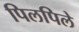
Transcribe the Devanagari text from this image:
पिलपिले